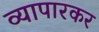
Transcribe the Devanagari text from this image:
व्यापारकर